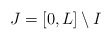
\begin{align*}J=[0,L] \setminus I\end{align*}